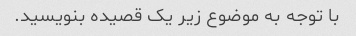
با توجه به موضوع زیر یک قصیده بنویسید.